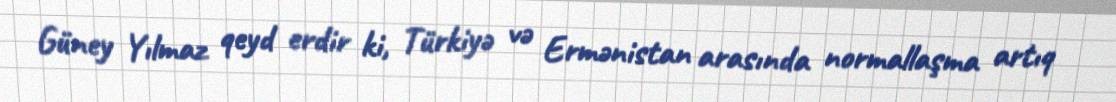
Güney Yılmaz qeyd erdir ki, Türkiyə və Ermənistan arasında normallaşma artıq